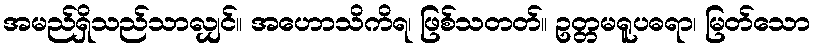
အမည်ရှိသည်သာလျှင်။ အဟောသိကိရ၊ ဖြစ်သတတ်။ ဥတ္တမရူပဓရာ၊ မြတ်သော